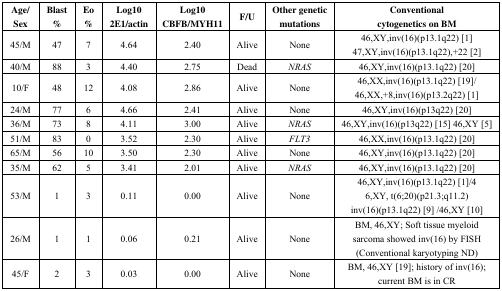
<table><thead><tr><td><b>Age/Sex</b></td><td><b>Blast %</b></td><td><b>Eo %</b></td><td><b>Log10 2E1/actin</b></td><td><b>Log10 CBFB/MYH11</b></td><td><b>F/U</b></td><td><b>Other genetic mutations</b></td><td><b>Conventional cytogenetics on BM</b></td></tr></thead><tbody><tr><td>45/M</td><td>47</td><td>7</td><td>4.64</td><td>2.40</td><td>Alive</td><td>None</td><td>46,XY,inv(16)(p13.1q22) [1] 47,XY,inv(16)(p13.1q22),+22 [2]</td></tr><tr><td>40/M</td><td>88</td><td>3</td><td>4.40</td><td>2.75</td><td>Dead</td><td><i>NRAS</i></td><td>46,XY,inv(16)(p13.1q22) [20]</td></tr><tr><td>10/F</td><td>48</td><td>12</td><td>4.08</td><td>2.86</td><td>Alive</td><td>None</td><td>46,XX,inv(16)(p13.1q22) [19]/46,XX,+8,inv(16)(p13.2q22) [1]</td></tr><tr><td>24/M</td><td>77</td><td>6</td><td>4.66</td><td>2.41</td><td>Alive</td><td>None</td><td>46,XY,inv(16)(p13q22) [20]</td></tr><tr><td>36/M</td><td>73</td><td>8</td><td>4.11</td><td>3.00</td><td>Alive</td><td><i>NRAS</i></td><td>46,XY,inv(16)(p13q22)[15] 46,XY [5]</td></tr><tr><td>51/M</td><td>83</td><td>0</td><td>3.52</td><td>2.30</td><td>Alive</td><td><i>FLT3</i></td><td>46,XX,inv(16)(p13.1q22)[20]</td></tr><tr><td>65/M</td><td>56</td><td>10</td><td>3.50</td><td>2.30</td><td>Alive</td><td>None</td><td>46,XY,inv(16)(p13.1q22)[20]</td></tr><tr><td>35/M</td><td>62</td><td>5</td><td>3.41</td><td>2.01</td><td>Alive</td><td><i>NRAS</i></td><td>46,XY,inv(16)(p13.1q22)[20]</td></tr><tr><td>53/M</td><td>1</td><td>3</td><td>0.11</td><td>0.00</td><td>Alive</td><td>None</td><td>46,XY,inv(16)(p13.1q22) [1]/46,XY, t(6;20)(p21.3;q11.2) inv(16)(p13.1q22) [9] /46,XY [10]</td></tr><tr><td>26/M</td><td>1</td><td>1</td><td>0.06</td><td>0.21</td><td>Alive</td><td>None</td><td>BM, 46,XY; Soft tissue myeloid sarcoma showed inv(16) by FISH (Conventional karyotyping ND)</td></tr><tr><td>45/F</td><td>2</td><td>3</td><td>0.03</td><td>0.00</td><td>Alive</td><td>None</td><td>BM, 46,XY [19]; history of inv(16); current BM is in CR</td></tr></tbody></table>